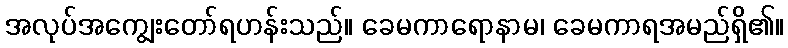
အလုပ်အကျွေးတော်ရဟန်းသည်။ ခေမကာရောနာမ၊ ခေမကာရအမည်ရှိ၏။